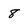
Character: 8